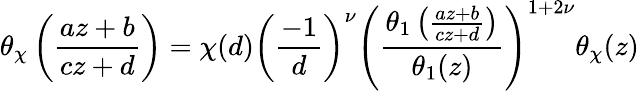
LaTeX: \theta_{\chi}\left({\frac{az+b}{cz+d}}\right)=\chi(d)\left({\frac{-1}{d}}\right)^{\nu}\left({\frac{\theta_{1}\left({\frac{az+b}{cz+d}}\right)}{\theta_{1}(z)}}\right)^{1+2\nu}\theta_{\chi}(z)